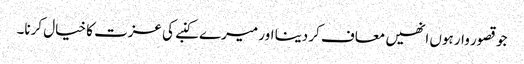
جو قصور وار ہوں انھیں معاف کر دینا اور میرے کنبے کی عزت کا خیال کرنا۔